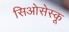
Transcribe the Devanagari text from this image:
सिओसेस्कू